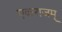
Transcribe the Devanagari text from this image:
एकराजम्